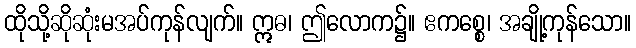
ထိုသို့ဆိုဆုံးမအပ်ကုန်လျက်။ ဣဓ၊ ဤလောက၌။ ဧကစ္စေ၊ အချို့ကုန်သော။